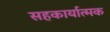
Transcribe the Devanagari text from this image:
सहकार्यात्मक